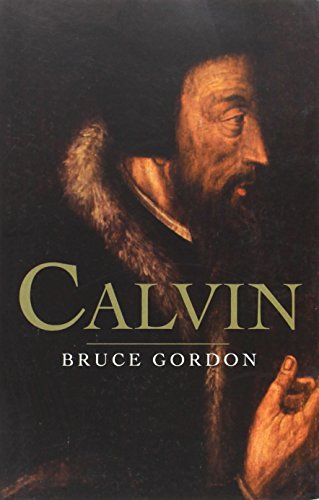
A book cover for Calvin; F. Bruce Gordon; Christian Books & Bibles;